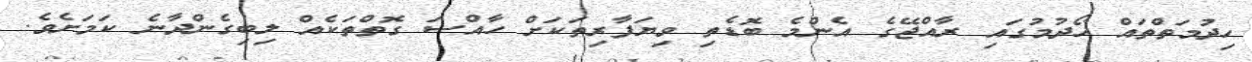
ހިދުމަތްތައް ހޯދުމުގައި ރާއްޖޭގެ އެންމެ ބޮޑެތި ވިޔަފާރިތަކަށް ހާއްސަ ގޮތްތަކެއް ލިބިގެންދާނެ ކަމަށެވެ.